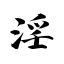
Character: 淫